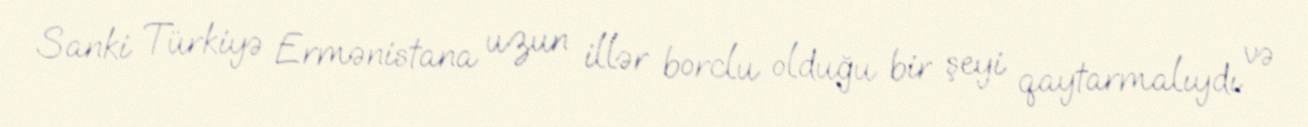
Sanki Türkiyə Ermənistana uzun illər borclu olduğu bir şeyi qaytarmalıydı və